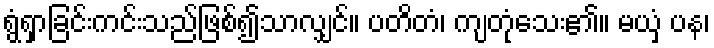
ရွံရှာခြင်းကင်းသည်ဖြစ်၍သာလျှင်။ ပတိတံ၊ ကျတုံသေး၏။ မယှံ ပန၊